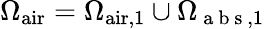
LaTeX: \Omega_{\mathrm{air}}=\Omega_{\mathrm{air},1}\cup\Omega_{\mathrm{~a~b~s~},1}